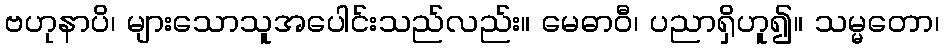
ဗဟုနာပိ၊ များသောသူအပေါင်းသည်လည်း။ မေဓာဝီ၊ ပညာရှိဟူ၍။ သမ္မတော၊